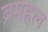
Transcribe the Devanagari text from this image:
ब्रमहल